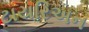
ટાયરિઅન